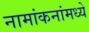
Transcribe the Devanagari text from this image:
नामांकनांमध्ये